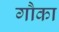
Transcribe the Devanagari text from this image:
गौका